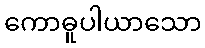
ကောဓူပါယာသော